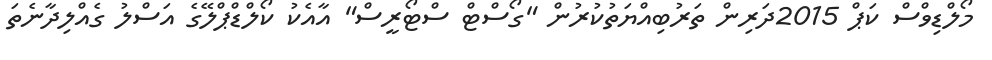
މޯލްޑިވްސް ކަޕް 2015ދަރިން ތަރުބިއްޔަތުކުރުން "ގޯސްޓް ސްޓޯރީސް" އާއެކު ކޯލްޑްޕްލޭގެ އަސްލު ގެއްލިދާނެތަ